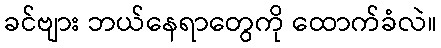
ခင်ဗျား ဘယ်နေရာတွေကို ထောက်ခံလဲ။